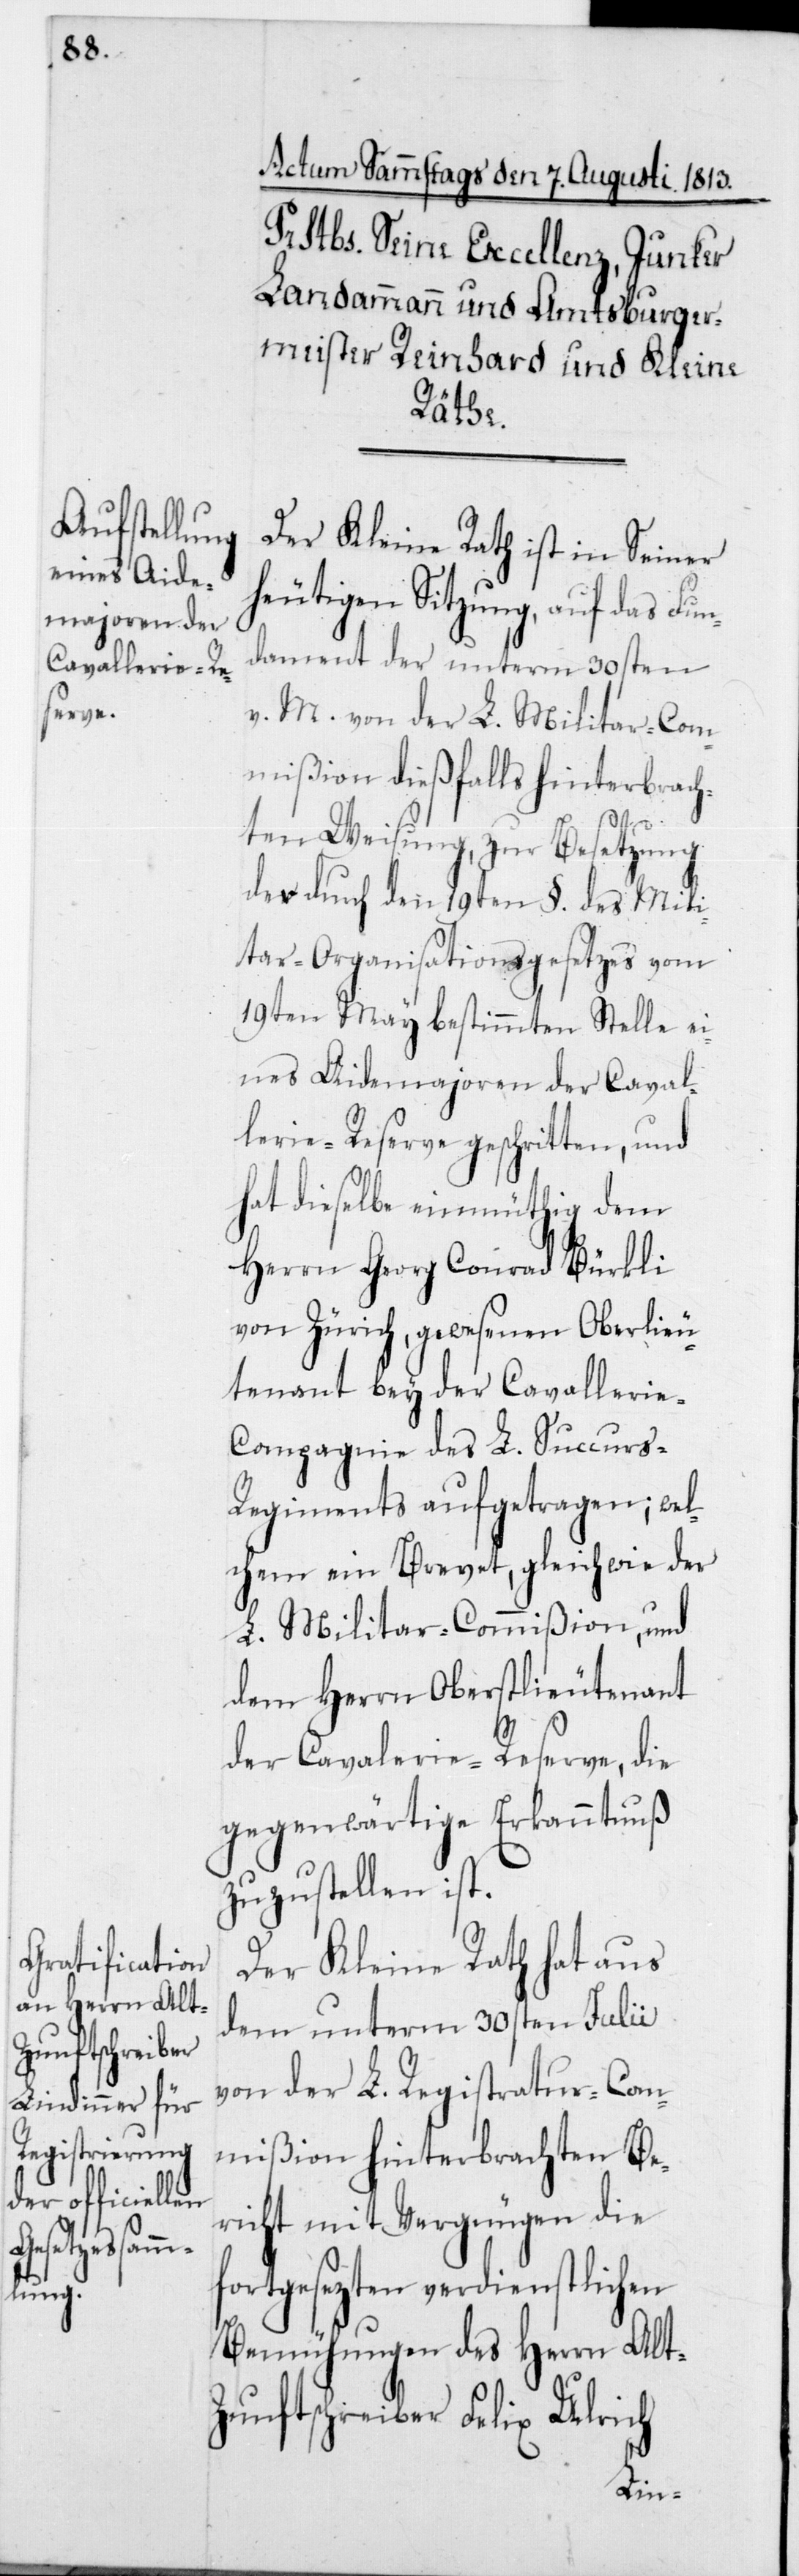
Der Kleine Rath ist in seiner
heutigen Sitzung, auf das Fun¬
dament der unterm 30sten
v. M. von der L. Militar-Com¬
mißion dießfalls hinterbrach¬
ten Weisung, zur Besetzung
der durch den 19ten § des Mili¬
tar-Organisationsgesetzes vom
19ten May bestimmten Stelle ei¬
nes Aidemajoren der Caval¬
lerie-Reserve geschritten, und
hat dieselbe einmüthig dem
Herrn Conrad Bürkli
von Zürich, gewesenen Oberlieu¬
tenant bey der Cavallerie-C¬
ompagnie des L. Succurs-R¬
egiments aufgetragen; welc¬
hem ein Brevet, gleichwie der
L. Militar-Commißion, und
dem Herrn Oberstlieutenant
der Cavallerie-Reserve, die
gegenwärtige Erkanntnuß
zuzustellen ist.
Der Kleine Rath hat aus
dem unterm 30sten Julii
von der L. Registratur-Com¬
mißion hinterbrachten Be¬
richt mit Vergnügen die
fortgesezten verdienstlichen
Bemühungen des Herrn Alt-Z¬
unftschreiber Felix Ulrich